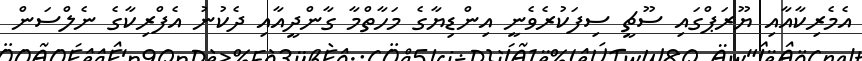
އެމެރިކާއާއި ޔޫރަޕްގައި ސޫޗީ ސިފަކުރެވެނީ އިންޑިޔާގެ މަހާތްމާ ގާންދީއާއި ދެކުނު އެފްރިކާގެ ނެލްސަން